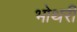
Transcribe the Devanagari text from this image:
भोथरी